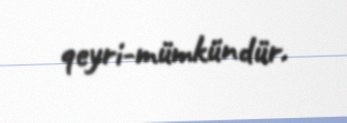
qeyri-mümkündür.